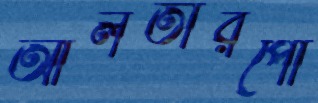
আলতারপো